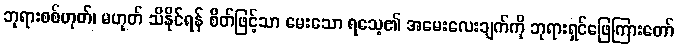
ဘုရားစစ်ဟုတ်၊ မဟုတ် သိနိုင်ရန် စိတ်ဖြင့်သာ မေးသော ရသေ့၏ အမေးလေးချက်ကို ဘုရားရှင်ဖြေကြားတော်